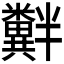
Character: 𫃘